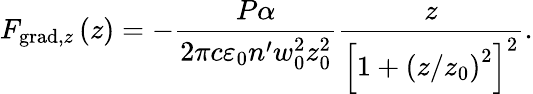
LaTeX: F_{\mathrm{grad},z}\left(z\right)=-\frac{P\alpha}{2\pi c\varepsilon_{0}n^{\prime}w_{0}^{2}z_{0}^{2}}\frac{z}{\left[1+\left(z/z_{0}\right)^{2}\right]^{2}}.